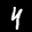
Label: 4